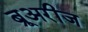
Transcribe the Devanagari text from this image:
ब्रूअरीज